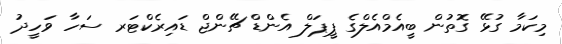
މިިކަމާ ގުޅޭ ގޮތުން ބީއެމްއެލްގެ ޕީޕަލް އެންޑް ޗޭންޖް ޑައިރެކްޓަރ ސަހާ ވަހީދު